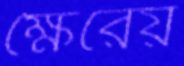
ক্ষৈরেয়